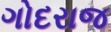
ગોદરાજ